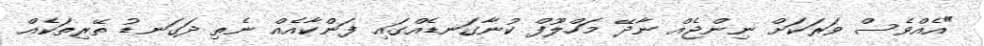
"އެއްވެސް ވަރަކަށް ނިންޖެއް ނާދޭ މަހްލޫފް ކުނާގަނޑެއްގައި ފަންކާއެއް ނެތި ދަގަނޑު ތޭރިތަކެއް